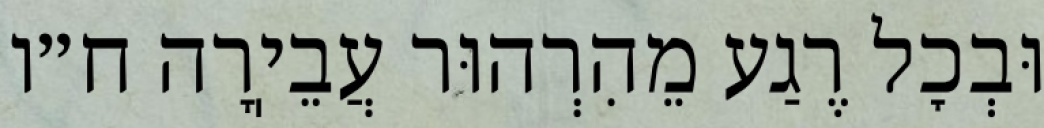
וּבְכׇל רֶגַע מֵהִרְהוּר עֲבֵיֽרָה ח״ו